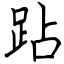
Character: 跕